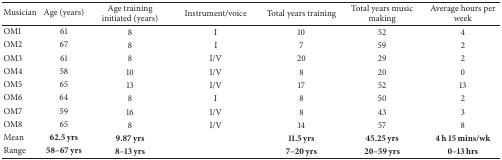
| Musician | Age (years) | Age training initiated (years) | Instrument/voice | Total years training | Total years music making | Average hours per week |
 | --- | --- | --- | --- | --- | --- | --- |
 | OM1 | 61 | 8 | I | 10 | 52 | 4 |
 | OM2 | 67 | 8 | I | 7 | 59 | 2 |
 | OM3 | 61 | 8 | I/V | 20 | 29 | 2 |
 | OM4 | 58 | 10 | I/V | 8 | 20 | 0 |
 | OM5 | 65 | 13 | I/V | 17 | 52 | 13 |
 | OM6 | 64 | 8 | I | 8 | 50 | 2 |
 | OM7 | 59 | 16 | I/V | 8 | 43 | 3 |
 | OM8 | 65 | 8 | I/V | 14 | 57 | 8 |
 | Mean | 62.5 yrs | 9.87 yrs |  | 11.5 yrs | 45.25 yrs | 4 h 15 mins/wk |
 | Range | 58–67 yrs | 8–13 yrs |  | 7–20 yrs | 20–59 yrs | 0–13 hrs |